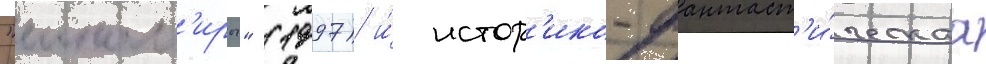
"ином'иры" (1997) и́ истор'ико-фантаст'и́ческаа